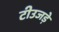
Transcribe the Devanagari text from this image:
टीउजड़े